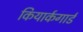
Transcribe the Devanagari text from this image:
कियार्कगार्ड